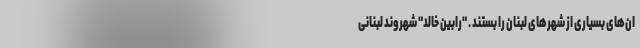
ان‌های بسیاری از شهرهای لبنان را بستند . "رابین خالد" شهروند لبنانی